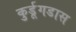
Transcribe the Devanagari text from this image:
कुर्डूगडास